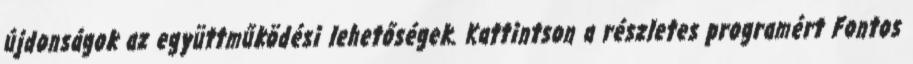
újdonságok az együttműködési lehetőségek. Kattintson a részletes programért Fontos